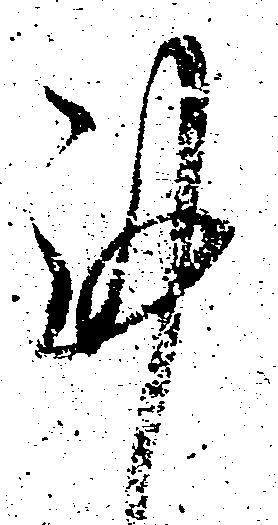
謹